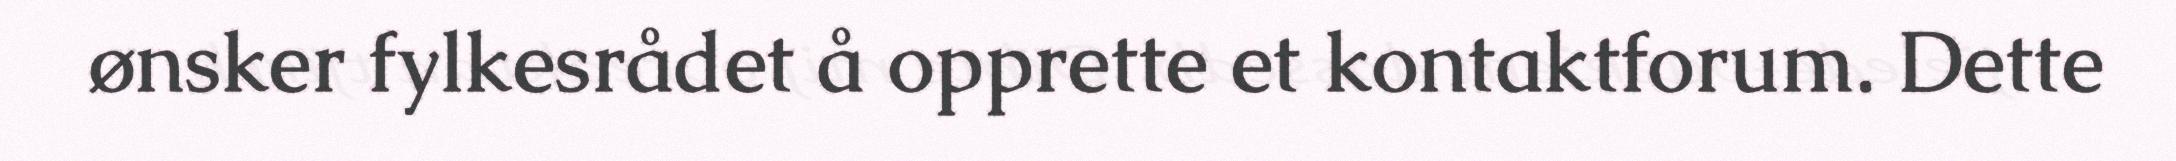
ønsker fylkesrådet å opprette et kontaktforum. Dette